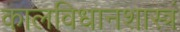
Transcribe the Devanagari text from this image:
कालविधानशास्त्रं